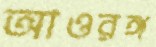
আওরঙ্গ